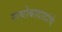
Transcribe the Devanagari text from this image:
राघोबादादांचे